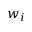
w _ { i }